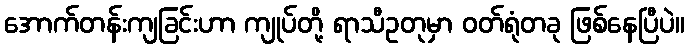
အောက်တန်းကျခြင်းဟာ ကျုပ်တို့ ရာသီဥတုမှာ ဝတ်ရုံတခု ဖြစ်နေပြီပဲ။